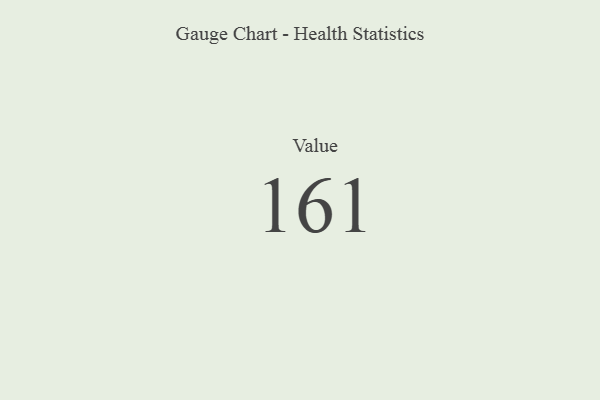
{"axis": {"x": "Metric", "y": "Value"}, "legend": [""], "data": [{"x": "Value", "y": 161, "type": ""}]}